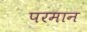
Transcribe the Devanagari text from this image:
परमान